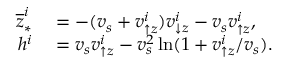
\begin{array} { r l } { \overline { { z } } _ { \ast } ^ { i } } & { { } = - ( v _ { s } + v _ { \uparrow z } ^ { i } ) v _ { \downarrow z } ^ { i } - v _ { s } v _ { \uparrow z } ^ { i } , } \\ { h ^ { i } } & { { } = v _ { s } v _ { \uparrow z } ^ { i } - v _ { s } ^ { 2 } \ln ( 1 + v _ { \uparrow z } ^ { i } / v _ { s } ) . } \end{array}